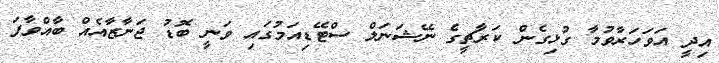
އިދީ އަވަހަރާވުމާ ގުޅިގެން ކަރާޗީގެ ނޭޝަނަލް ސްޓޭޑިއަމުގައި ވަނީ ބޮޑު ޖަނާޒާއެއް ބާއްވާފަ